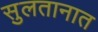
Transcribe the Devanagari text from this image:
सुलतानात